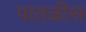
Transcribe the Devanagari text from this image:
पातळीस